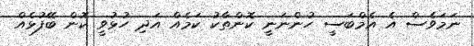
ނަމަވެސް އެ އެމްބަސީ ހުންނަނީ ކޮންތާކު ކަމެއް އަދި ހުޅުވީ ކޮން ބޭފުޅެއް